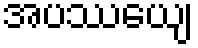
အပဿေယျ